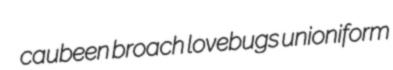
caubeen broach lovebugs unioniform